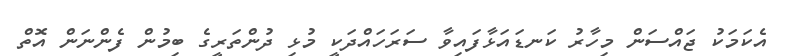
އެކަމަކު ޖައްސަން މިހާރު ކަނޑައަޅާފައިވާ ސަރަހައްދަކީ މުޅި ދުންތަރީގެ ބިމުން ފެންނަން އޮތް